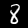
Label: 8